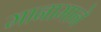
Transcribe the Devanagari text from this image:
मानामाने